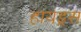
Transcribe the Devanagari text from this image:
हायड्रस